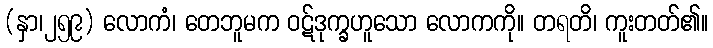
(နှာ၊၂၅၉) လောကံ၊ တေဘူမက ဝဋ်ဒုက္ခဟူသော လောကကို။ တရတိ၊ ကူးတတ်၏။